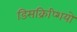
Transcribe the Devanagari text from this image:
डिसक्रिप्शियो